Scottish Leaving Certificate Examination, 1961
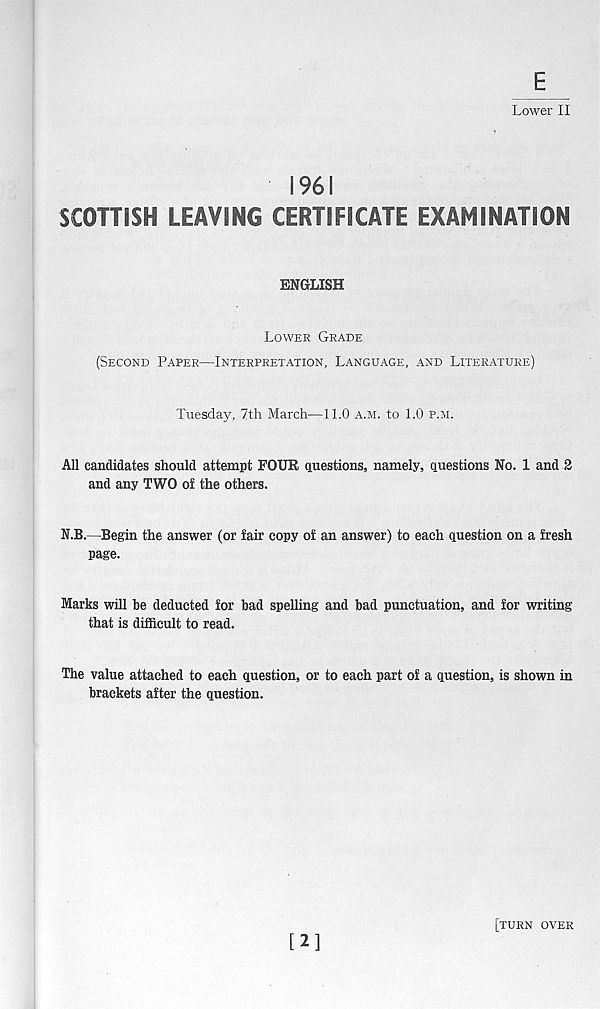
Lower II
1961
SCOTTISH LEAVING CERTIFICATE EXAMINATION
ENGLISH
LOWER GRADE
(SECOND PAPER—INTERPRETATION, LANGUAGE, AND LITERATURE)
Tuesday, 7th March—11.0 A.M. to 1.0 P.M.
All candidates should attempt FOUR questions, namely, questions No. 1 and 2
and any TWO of the others.
N.B.—Begin the answer (or fair copy of an answer) to each question on a fresh
page.
Marks will be deducted for bad spelling and bad punctuation, and for writing
that is difficult to read.
The value attached to each question, or to each part of a question, is shown in
brackets after the question.
[2]
[TURN OVER